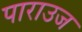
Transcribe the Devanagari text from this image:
पाराउज